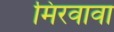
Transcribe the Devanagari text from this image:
मिरवावा